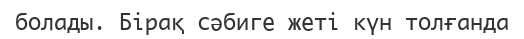
болады. Бірақ сәбиге жеті күн толғанда